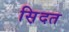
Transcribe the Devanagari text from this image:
स़िदत